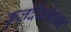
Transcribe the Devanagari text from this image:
कुलदेवतेच्या